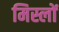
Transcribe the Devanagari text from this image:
मिस्लों